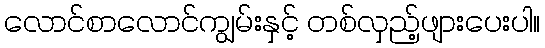
လောင်စာလောင်ကျွမ်းနှင့် တစ်လှည့်ဖျားပေးပါ။